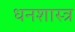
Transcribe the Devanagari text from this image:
धनशास्त्र